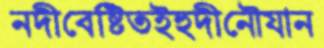
নদীবেষ্টিতইহুদীনৌযান